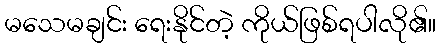
မသေမချင်း ရေးနိုင်တဲ့ ကိုယ်ဖြစ်ရပါလို၏။